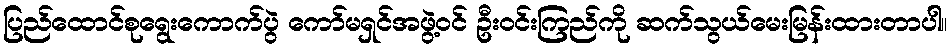
ပြည်ထောင်စုရွေးကောက်ပွဲ ကော်မရှင်အဖွဲ့ဝင် ဦးဝင်းကြည်ကို ဆက်သွယ်မေးမြန်းထားတာပါ။